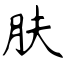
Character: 肤